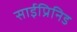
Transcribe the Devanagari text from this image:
साईप्रिनिड